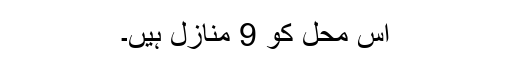
اس محل کو 9 منازل ہیں۔